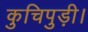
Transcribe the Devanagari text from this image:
कुचिपुड़ी।